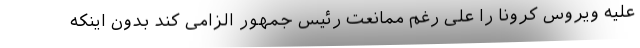
علیه ویروس کرونا را علی رغم ممانعت رئیس جمهور الزامی کند بدون اینکه